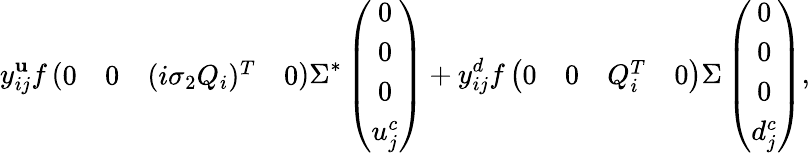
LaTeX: y_{ij}^{\mathbf{u}}f\left({\begin{array}{cccc}{{0}}&{{0}}&{{(i\sigma_{2}Q_{i})^{T}}}&{{0}}\end{array}}\right)\Sigma^{*}\left(\begin{array}{c}{{0}}\\ {{0}}\\ {{0}}\\ {{u_{j}^{c}}}\end{array}\right)+y_{ij}^{d}f\left({\begin{array}{cccc}{{0}}&{{0}}&{{Q_{i}^{T}}}&{{0}}\end{array}}\right)\Sigma\left(\begin{array}{c}{{0}}\\ {{0}}\\ {{0}}\\ {{d_{j}^{c}}}\end{array}\right),